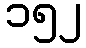
၁၅၂